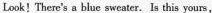
Look ! There's a blue sweater. ls this yours